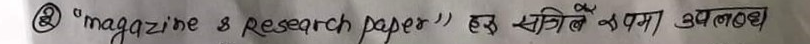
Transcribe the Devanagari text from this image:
"Magazine & research paper" हुन सकिनै बझा उपलब्ध